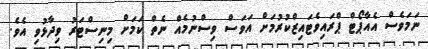
ނަމަވެސް އެއާޕޯޓް ޕްރައިވެޓައިޒްކުރުމަށް އަވަސް ވިސްނުމެއް ނެތް ކަމަށް މިނިސްޓަރު ވިދާޅުވި އެވެ.